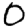
Digit: 0